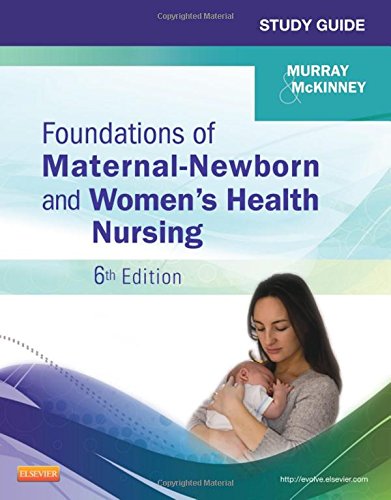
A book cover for Study Guide for Foundations of Maternal-Newborn and Women's Health Nursing, 6e (Murray, Study Guide for Foundations of Maternal-Newborn & Women's Health Nursing); Sharon Smith Murray MSN  RN  C; Medical Books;